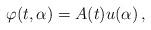
LaTeX: \begin{align*}\varphi(t, \alpha)=A(t)u(\alpha)\,,\end{align*}